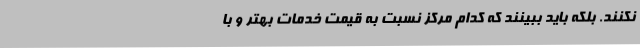
نکنند. بلکه باید ببینند که کدام مرکز نسبت به قیمت خدمات بهتر و با